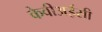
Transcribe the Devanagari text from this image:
केवीअईसी